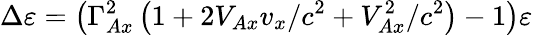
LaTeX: \Delta\varepsilon=\left(\Gamma_{Ax}^{2}\left(1+2V_{Ax}v_{x}/c^{2}+V_{Ax}^{2}/c^{2}\right)-1\right)\varepsilon